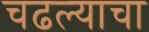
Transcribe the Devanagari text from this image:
चढल्याचा